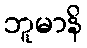
ဘူမာနိ